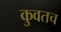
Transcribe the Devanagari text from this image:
कुवतच